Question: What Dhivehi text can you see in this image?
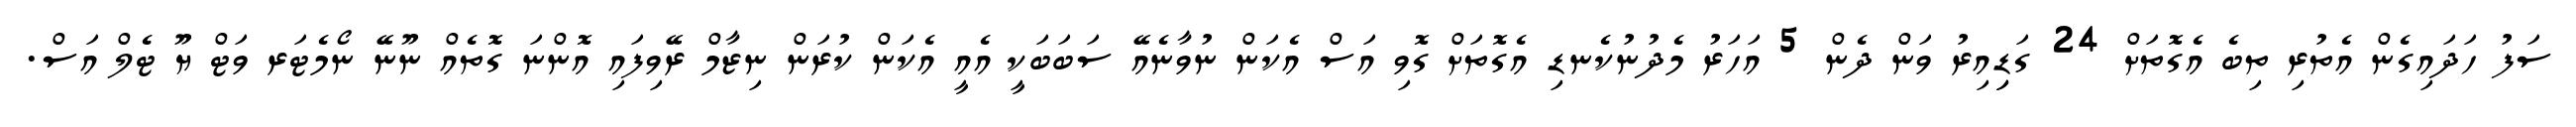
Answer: ސަފު ހަދައިގެން އެތުރި ތިބެ އެގޮތަށް 24 ގަޑިިއިރު ވަން ދެން 5 އަހަރު މެދުނުކެނޑި އެގޮތަށް ގޮވި އަސް އެކަން ނުވާނެއޭ ސަބަބަކީ އެއީ އެކަން ކުރަން ނިޒާމް ރޭވިފައި އޮންނަ ގޮތެއް ނޫނޭ ނޯމެޓަރ ވަޓް ޔޫ ޓެލް އަސް.